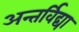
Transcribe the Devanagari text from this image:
अन्तर्विद्या